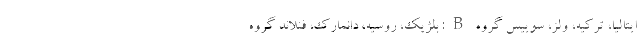
ایتالیا، ترکیه، ولز، سوییس گروه B: بلژیک، روسیه، دانمارک، فنلاند گروه